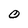
Character: O